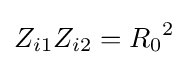
Z_{i1}Z_{i2}={R_{0}}^{2}